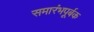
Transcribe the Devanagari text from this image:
समारंभपूर्बक